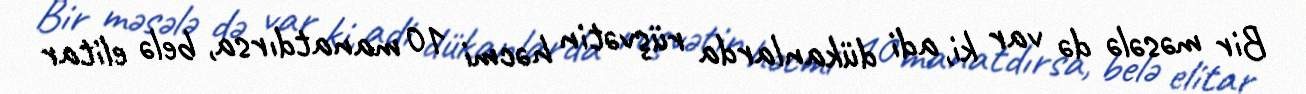
Bir məsələ də var ki, adi dükanlarda rüşvətin həcmi 10 manatdırsa, belə elitar